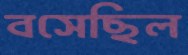
বসেছিল